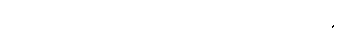
ကြောက်လန့်တကြား ထွက်ပြေးကြကုန်လေ၏။